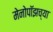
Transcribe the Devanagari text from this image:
मेनोपॉझच्या